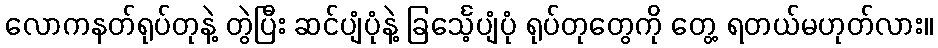
လောကနတ်ရုပ်တုနဲ့ တွဲပြီး ဆင်ပျံပုံနဲ့ ခြင်္သေ့ပျံပုံ ရုပ်တုတွေကို တွေ့ ရတယ်မဟုတ်လား။